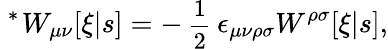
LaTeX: \mathrm{\mathrm{}~^{*}\! ~}W_{\mu\nu}[\xi|s]=-\mathrm{\small~\frac{1}{2}~}\epsilon_{\mu\nu\rho\sigma}W^{\rho\sigma}[\xi|s],